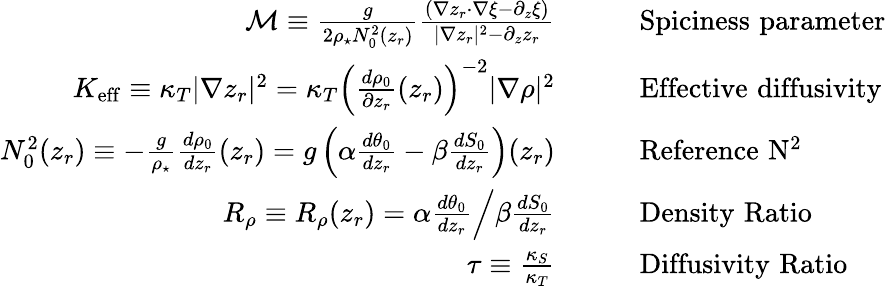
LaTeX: \begin{array}{rl}{{\cal M}\equiv\frac{g}{2\rho_{\star}N_{0}^{2}(z_{r})}\frac{(\nabla z_{r}\cdot\nabla\xi-\partial_{z}\xi)}{|\nabla z_{r}|^{2}-\partial_{z}z_{r}}\qquad}&{\mathrm{Spiciness\, \, parameter}}\\ {K_{\mathrm{eff}}\equiv\kappa_{T}|\nabla z_{r}|^{2}=\kappa_{T}\left(\frac{d\rho_{0}}{\partial z_{r}}(z_{r})\right)^{-2}|\nabla\rho|^{2}\qquad}&{\mathrm{Effective\, \, diffusivity}}\\ {N_{0}^{2}(z_{r})\equiv-\frac{g}{\rho_{\star}}\frac{d\rho_{0}}{dz_{r}}(z_{r})=g\left(\alpha\frac{d\theta_{0}}{dz_{r}}-\beta\frac{dS_{0}}{dz_{r}}\right)(z_{r})\qquad}&{\mathrm{Reference\, \, N^{2}}}\\ {R_{\rho}\equiv R_{\rho}(z_{r})=\left.\alpha\frac{d\theta_{0}}{dz_{r}}\right/\beta\frac{dS_{0}}{dz_{r}}\qquad}&{\mathrm{Density\, \, Ratio}}\\ {\tau\equiv\frac{\kappa_{S}}{\kappa_{T}}\qquad}&{\mathrm{Diffusivity\, \, Ratio}}\end{array}